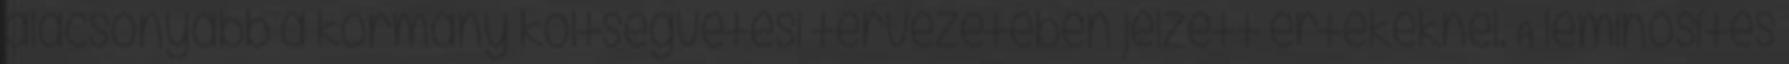
alacsonyabb a kormány költségvetési tervezetében jelzett értékeknél. A leminősítés